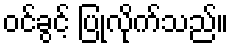
ဝင်ခွင့် ပြုလိုက်သည်။